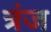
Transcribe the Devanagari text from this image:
त्रंज